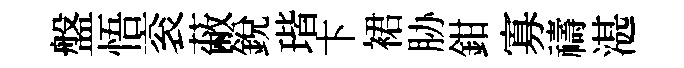
盤悟衮蔽銳瑎卞裙胁鉗寡禱湛